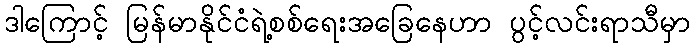
ဒါကြောင့် မြန်မာနိုင်ငံရဲ့စစ်ရေးအခြေနေဟာ ပွင့်လင်းရာသီမှာ